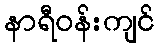
နာရီဝန်းကျင်